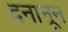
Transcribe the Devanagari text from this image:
दनानून